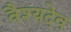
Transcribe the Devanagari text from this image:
वैश्यदेव